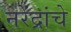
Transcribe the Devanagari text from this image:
नरेंद्रांचे